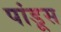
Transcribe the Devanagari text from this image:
पांडूस